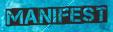
MANIFEST